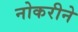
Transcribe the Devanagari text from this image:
नोकरीने